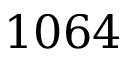
1 0 6 4